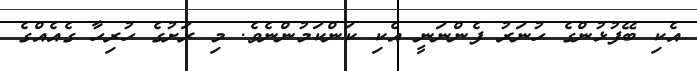
އެކި ބޭފުޅުންގެ ހުނަރު ފެންނަނީ އެކި ކަންކަމުންނެވެ. މި ރަށުގެ ހުރިހާ ގެއެއްގެ